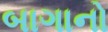
બાગાનો